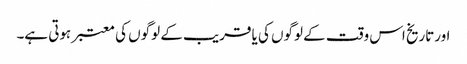
اورتاریخ اس وقت کے لوگوں کی یا قریب کے لوگوں کی معتبر ہوتی ہے۔